Problem: 2 + 11 = ?
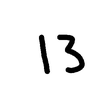
Handwritten answer: 13